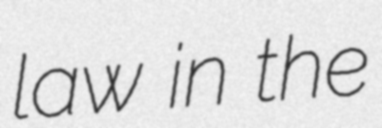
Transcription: law in the